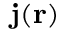
\bf j ( r )